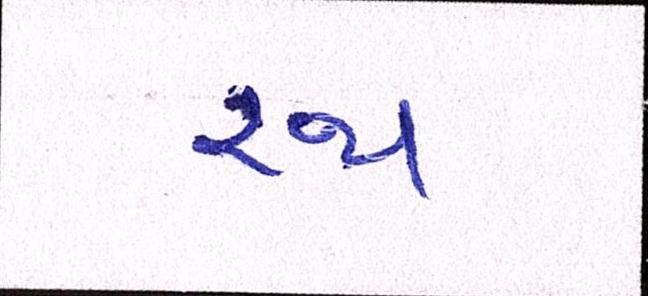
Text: રથ